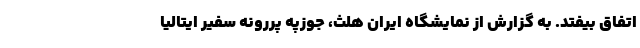
اتفاق بیفتد. به گزارش از نمایشگاه ایران هلث، جوزپه پررونه سفیر ایتالیا